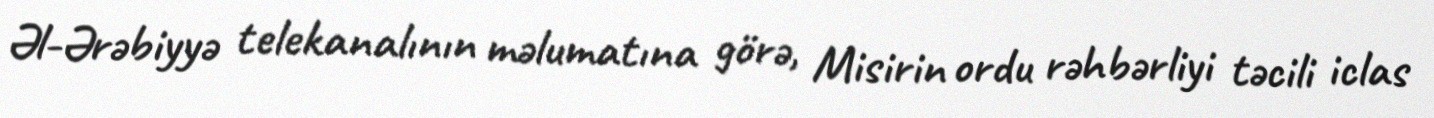
Əl-Ərəbiyyə telekanalının məlumatına görə, Misirin ordu rəhbərliyi təcili iclas